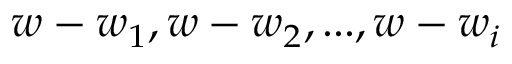
w - w _ { 1 } , w - w _ { 2 } , . . . , w - w _ { i }